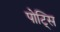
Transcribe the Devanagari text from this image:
पोट्सि